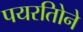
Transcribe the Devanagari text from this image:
पयरतिोने